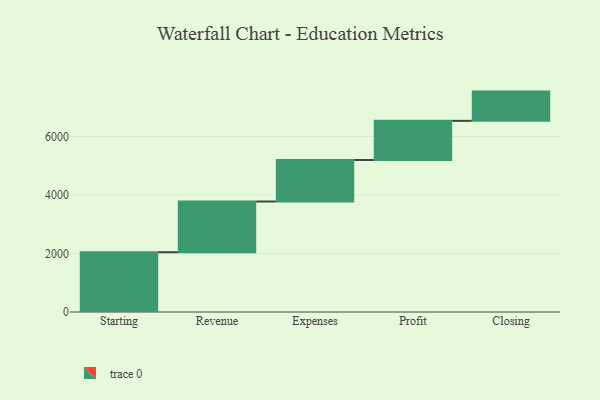
{"axis": {"x": "Step", "y": "Value"}, "legend": [""], "data": [{"x": "Starting", "y": 2043.0, "type": ""}, {"x": "Revenue", "y": 1734.0, "type": ""}, {"x": "Expenses", "y": 1419.0, "type": ""}, {"x": "Profit", "y": 1338.0, "type": ""}, {"x": "Closing", "y": 1000, "type": ""}]}